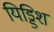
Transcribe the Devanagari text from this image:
यिड्डिश